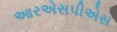
આરએસપીએસ